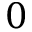
0